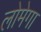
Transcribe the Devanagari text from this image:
लोमेगा